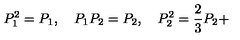
P _ { 1 } ^ { 2 } = P _ { 1 } , \quad P _ { 1 } P _ { 2 } = P _ { 2 } , \quad P _ { 2 } ^ { 2 } = \frac { 2 } { 3 } P _ { 2 } +